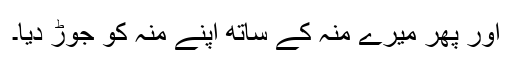
اور پھر میرے منہ کے ساتھ اپنے منہ کو جوڑ دیا۔